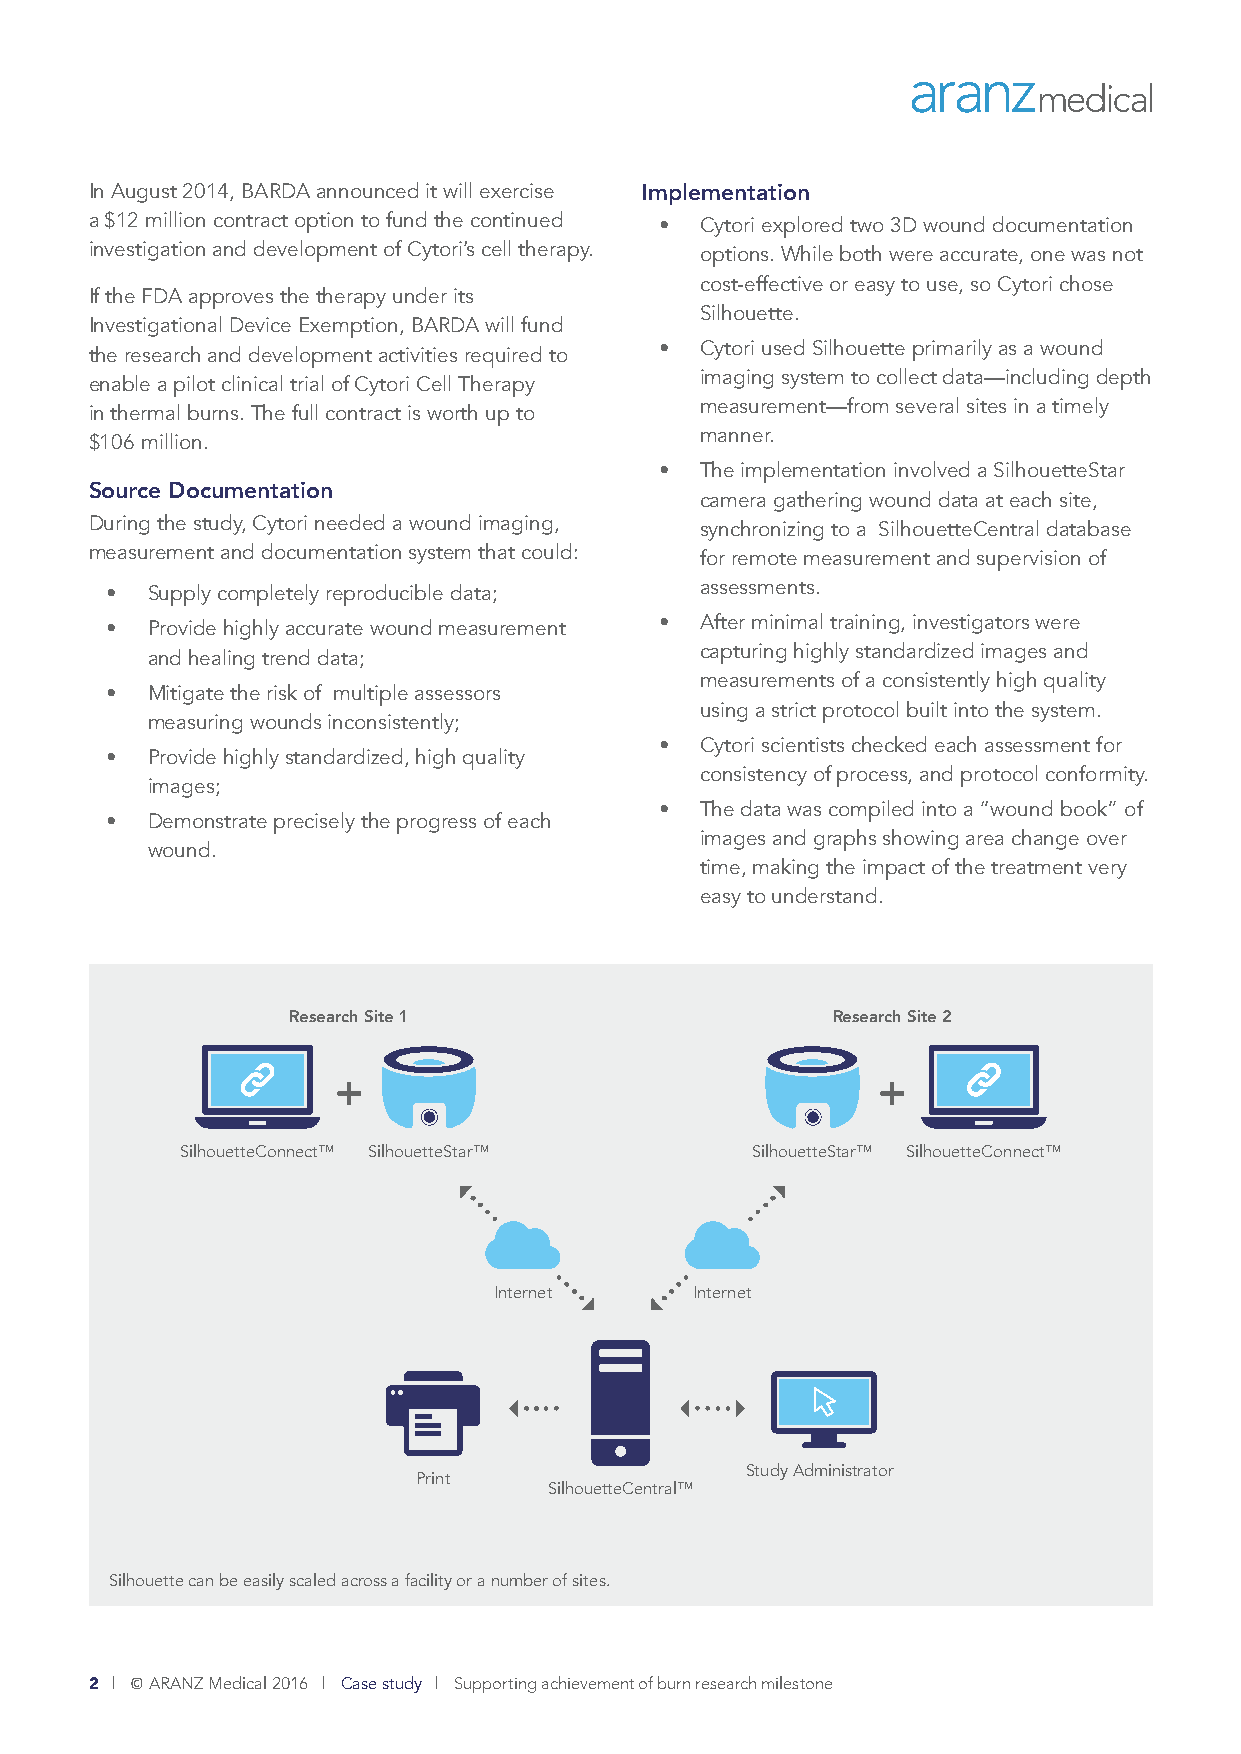
In August 2014, BARDA announced it will exercise Implementation
 a $12 million contract option to fund the continued • Cytori explored two 3D wound documentation
 investigation and development of Cytori’s cell therapy. options. While both were accurate, one was not
 cost-effective or easy to use, so Cytori chose
 If the FDA approves the therapy under its
 Silhouette.
 Investigational Device Exemption, BARDA will fund
 • Cytori used Silhouette primarily as a wound
 the research and development activities required to
 imaging system to collect data—including depth
 enable a pilot clinical trial of Cytori Cell Therapy
 measurement—from several sites in a timely
 in thermal burns. The full contract is worth up to
 manner.
 $106 million.
 • The implementation involved a SilhouetteStar
 Source Documentation
 camera gathering wound data at each site,
 During the study, Cytori needed a wound imaging, synchronizing to a SilhouetteCentral database
 measurement and documentation system that could: for remote measurement and supervision of
 assessments.
 •  Supply completely reproducible data;
 • After minimal training, investigators were
 •  Provide highly accurate wound measurement
 capturing highly standardized images and
 and healing trend data;
 measurements of a consistently high quality
 •  Mitigate the risk of multiple assessors
 using a strict protocol built into the system.
 measuring wounds inconsistently;
 • Cytori scientists checked each assessment for
 •  Provide highly standardized, high quality
 consistency of process, and protocol conformity.
 images;
 • The data was compiled into a “wound book” of
 •  Demonstrate precisely the progress of each
 images and graphs showing area change over
 wound.
 time, making the impact of the treatment very
 easy to understand.
 Research Site 1                     Research Site 2
 SilhouetteConnect™ SilhouetteStar™    SilhouetteStar™ SilhouetteConnect™
 Internet     Internet
 Study Administrator
 Print
 SilhouetteCentral™
 Silhouette can be easily scaled across a facility or a number of sites.
 2 | © ARANZ Medical 2016 | Case study | Supporting achievement of burn research milestone